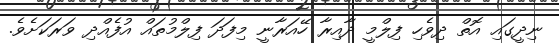
ނިދީގައި އޮތް ދިވެހި ފިލްމީ ދާއިރާ ހޭއަރާނީ މިފަދަ ފިލްމުތައް އުފެއްދި ވަރަކަށެވެ.